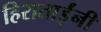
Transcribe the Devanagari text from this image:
हिराताईंनी